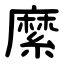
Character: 縻